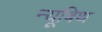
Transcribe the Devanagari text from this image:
न्यूबिथ